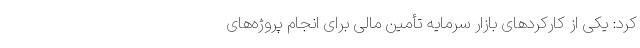
کرد: یکی از کارکردهای بازار سرمایه تأمین مالی برای انجام پروژه‌های